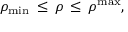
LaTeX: \rho _ { \mathrm { m i n } } \, \leq \, \rho \, \leq \, \rho ^ { \mathrm { m a x } } ,